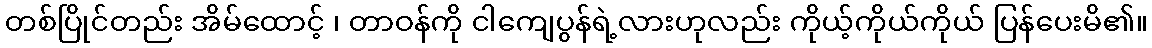
တစ်ပြိုင်တည်း အိမ်ထောင့် ၊ တာဝန်ကို ငါကျေပွန်ရဲ့လားဟုလည်း ကိုယ့်ကိုယ်ကိုယ် ပြန်ပေးမိ၏။